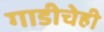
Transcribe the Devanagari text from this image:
गाडीचेही